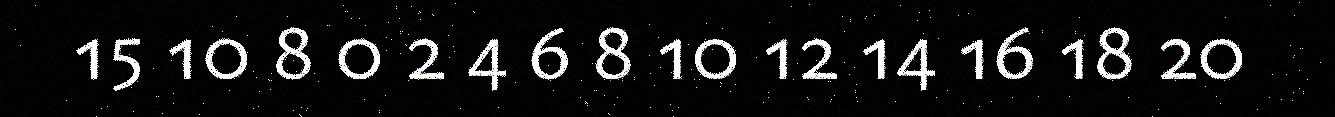
15 10 8 0 2 4 6 8 10 12 14 16 18 20